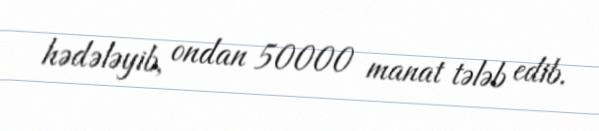
hədələyib, ondan 50000 manat tələb edib.